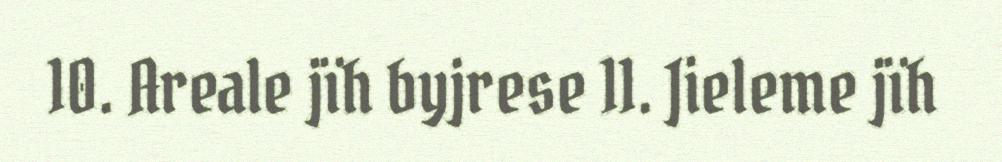
10. Areale jïh byjrese 11. Jieleme jïh